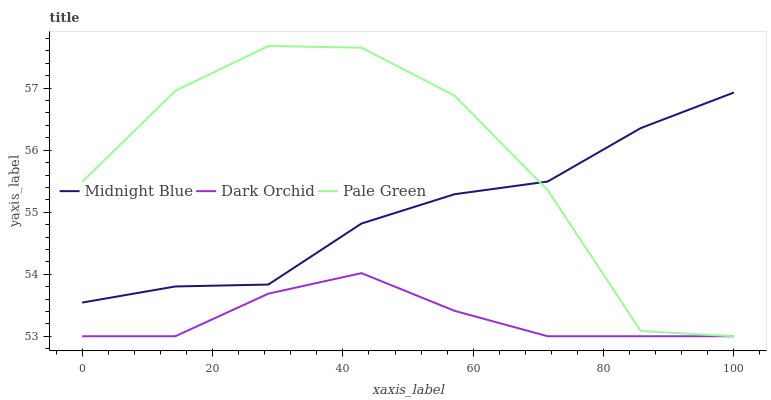
| xaxis_label | Midnight Blue | Dark Orchid | Pale Green |
 | --- | --- | --- | --- |
 | 0 | 53.5 | 53 | 55.5 |
 | 14.3 | 53.8 | 53 | 57 |
 | 28.6 | 53.8 | 53.7 | 57.7 |
 | 42.9 | 54.8 | 54 | 57.7 |
 | 57.1 | 55.3 | 53.4 | 56.9 |
 | 71.4 | 55.5 | 53 | 55.4 |
 | 85.7 | 56.4 | 53 | 53.1 |
 | 100 | 56.9 | 53 | 53 |